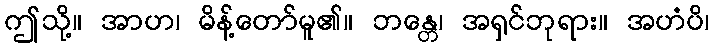
ဤသို့။ အာဟ၊ မိန့်တော်မူ၏။ ဘန္တေ၊ အရှင်ဘုရား။ အဟံပိ၊